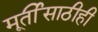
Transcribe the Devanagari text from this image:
मूर्तीसाठीही